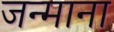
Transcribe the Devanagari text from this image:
जन्माना